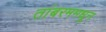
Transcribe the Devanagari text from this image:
तांबरममधून